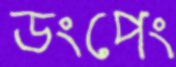
ডংপেং